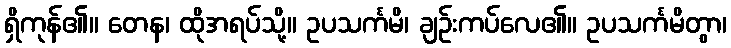
ရှိကုန်၏။ တေန၊ ထိုအရပ်သို့။ ဥပသင်္ကမိ၊ ချဉ်းကပ်လေ၏။ ဥပသင်္ကမိတွာ၊